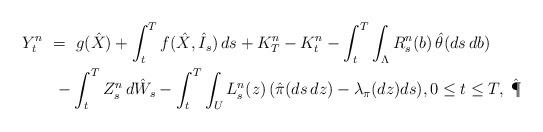
LaTeX: \begin{align*}Y_t^n \ &= \ g( \hat X) + \int_t^T f(\hat X,\hat I_s)\,ds + K_T^n - K_t^n - \int_t^T\int_\Lambda R_s^n(b)\,\hat\theta(ds\,db)\\&\ - \int_t^T Z_s^n\,d\hat W_s - \int_t^T\int_U L_s^n(z)\,(\hat\pi(ds\,dz)-\lambda_\pi(dz) ds), 0 \leq t \leq T,\;\hat\P \end{align*}